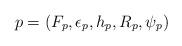
LaTeX: \begin{align*}p = (F_p, \epsilon_p, h_p, R_p, \psi_p)\end{align*}